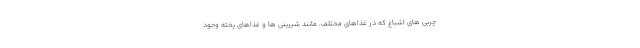
چربی های اشباع که در غذاهای مختلف، مانند شیرینی ها و غذاهای پخته وجود